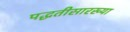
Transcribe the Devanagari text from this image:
पद्धतीसारख्या